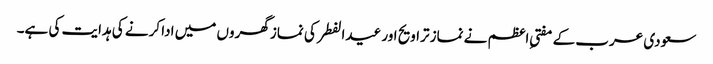
سعودی عرب کے مفتیِ اعظم نے نماز تراویح اور عیدالفطر کی نماز گھروں میں ادا کرنے کی ہدایت کی ہے۔